Vaccine operations Central Provinces & Berar 1922-1929 - 1922-1929
Year: 1922
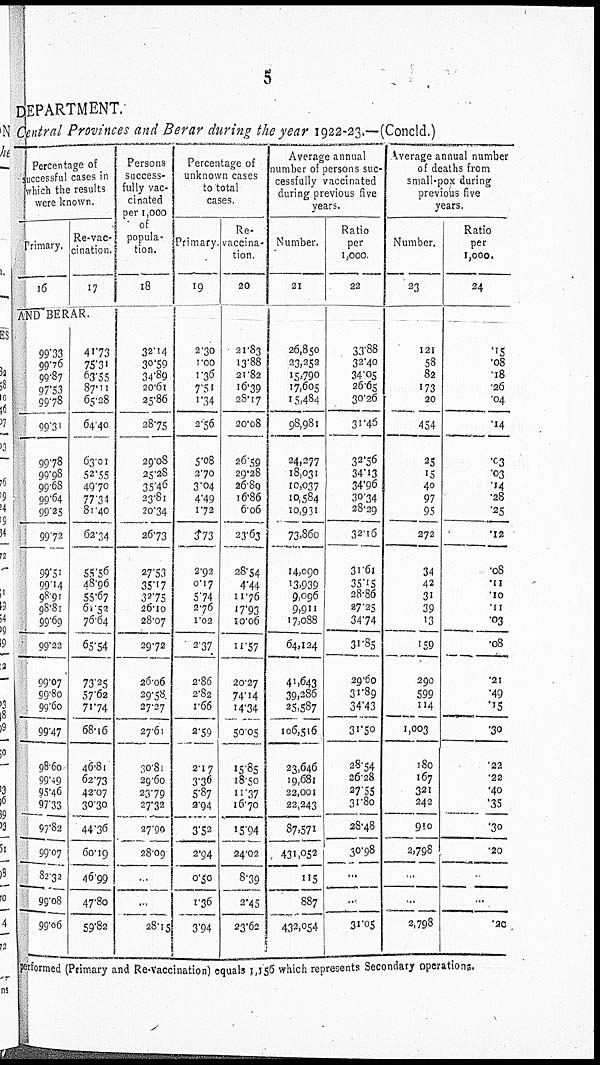
5
DEPARTMENT.
Central Provinces and Berar during the year 1922-23.—(Concld.)
Percentage of
successful cases in
which the results
were known.
Primary.
16
Re-vac-
cination.
17
AND BERAR.
99.33
99.76
99.87
97.53
99.78
99.31
99.78
99.98
99.68
99.64
99.25
99.72
99.51
99.14
98.91
98.81
99.69
99.22
99.07
99.80
99.60
99.47
98.60
99.49
95.46
97.33
97.82
99.07
82.32
99.08
99.06
41.73
75.31
63.55
87.11
65.28
64.40
63.01
52.55
49.70
77.34
81.40
62.34
55.56
48.96
55.67
61.52
76.64
65.54
73.25
57.62
71.74
68.16
46.81
62.73
42.07
30.30
44.36
60.19
46.99
47.80
59.82
Persons
success-
fully vac-
cinated
per 1,000
of
popula-
tion.
18
32.14
30.59
34.89
20.61
25.86
28.75
29.08
25.28
35.46
23.81
20.34
26.73
27.53
35.17
32.75
26.10
28.07
29.72
26.06
29.58
27.27
27.61
30.81
29.60
23.79
27.32
27.90
28.09
...
...
28.15
Percentage of
unknown cases
to total
cases.
Primary.
19
2.30
1.00
1.36
7.51
1.34
2.56
5.08
2.70
3.04
4.49
1.72
3.73
2.92
0.17
5.74
2.76
1.02
2.37
2.86
2.82
1.66
2.59
2.17
3.36
5.87
2.94
3.52
2.94
0.50
1.36
3.94
Re-
vaccina-
tion.
20
21.83
13.88
21.82
16.39
28.17
20.08
26.59
29.28
26.89
16.86
6.06
23.63
28.54
4.44
11.76
17.93
10.06
11.57
20.27
74.14
14.34
50.05
15,85
18.50
11.37
16.70
15.94
24.02
8.39
2.45
23.62
Average annual
number of persons suc-
cessfully vaccinated
during previous five
years.
Number.
21
26,850
23,252
15,790
17,605
15,484
98,981
24,277
18,031
10,037
10,584
10,931
73,860
14,090
13,939
9,096
9,911
17,088
64,124
41,643
39,286
25,587
106,516
23,646
19,681
22,001
22,243
87,571
431,052
115
887
432,054
Ratio
per
1,000.
22
33.88
32.40
34.05
26.65
30.26
31.46
32.56
34.13
34.96
30.34
28.29
32.16
31.61
35.15
28.86
27.25
34.74
31.85
29.60
31.89
34.43
31.50
28.54
26.28
27.55
31.80
28.48
30.98
...
...
31.05
Average annual number
of deaths from
small-pox during
previous five
years.
Number.
23
121
58
82
173
20
454
25
15
40
97
95
272
34
42
31
39
13
159
290
599
114
1,003
180
167
321
242
910
2,798
...
...
2,798
Ratio
per
1,000.
24
.15
.08
.18
.26
.04
.14
.03
.03
.14
.28
.25
.12
.08
.11
.10
.11
.03
.08
.21
.49
.15
.30
.22
.22
.40
.35
.30
.20
...
...
.20
performed (Primary and Re-Vaccination) equals 1,156 which represents Secondary operations.